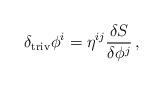
LaTeX: \begin{align*}\delta_{\rm triv} \phi^i =\eta ^{ij}\frac{\delta S}{\delta \phi ^j}\,, \end{align*}